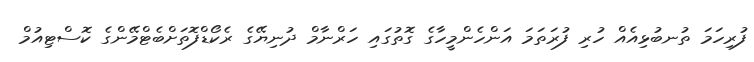
ފުރިހަމަ ތުނބުޅިއެއް ހުރި ފުރަތަމަ އަންހެންމީހާގެ ގޮތުގައި ހަރްނާމް ދުނިޔޭގެ ރެކޯޑްފޮތަށްބެޓްމޭންގެ ކޮސްޓިއުމް